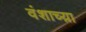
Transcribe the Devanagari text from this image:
वंशाच्य़ा